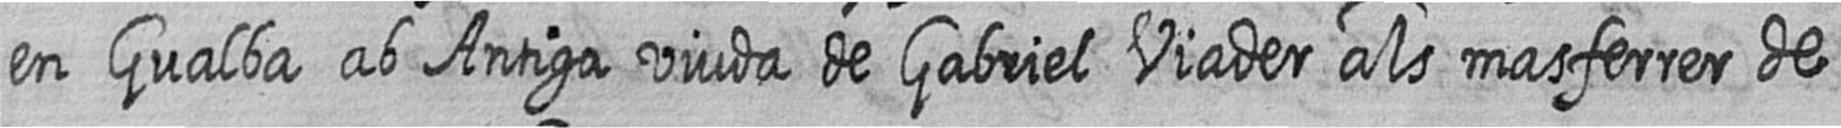
en Gualba ab Antiga viuda de Gabriel Viader als masferrer de